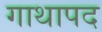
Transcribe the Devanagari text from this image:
गाथापद